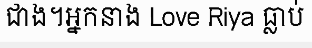
ជាង។អ្នកនាង Love Riya ធ្លាប់